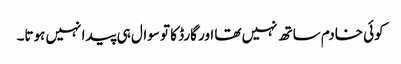
کوئی خادم ساتھ نہیں تھا اور گارڈ کا تو سوال ہی پیدا نہیں ہوتا۔